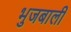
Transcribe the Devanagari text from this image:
भुजबाली